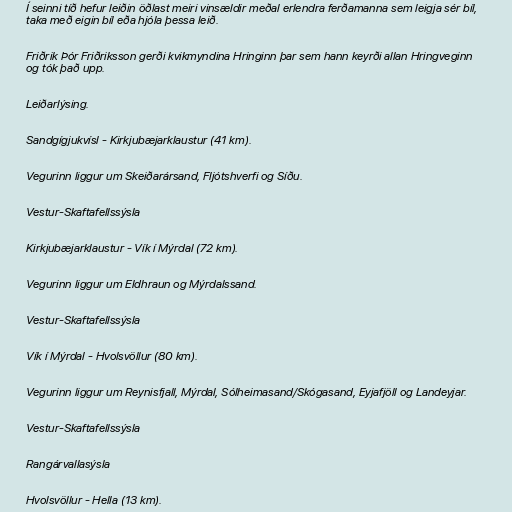
Í seinni tíð hefur leiðin öðlast meiri vinsældir meðal erlendra ferðamanna sem leigja sér bíl,
taka með eigin bíl eða hjóla þessa leið.

Friðrik Þór Friðriksson gerði kvikmyndina Hringinn þar sem hann keyrði allan Hringveginn
og tók það upp.

Leiðarlýsing.

Sandgígjukvísl - Kirkjubæjarklaustur (41 km).

Vegurinn liggur um Skeiðarársand, Fljótshverfi og Síðu.

Vestur-Skaftafellssýsla

Kirkjubæjarklaustur - Vík í Mýrdal (72 km).

Vegurinn liggur um Eldhraun og Mýrdalssand.

Vestur-Skaftafellssýsla

Vík í Mýrdal - Hvolsvöllur (80 km).

Vegurinn liggur um Reynisfjall, Mýrdal, Sólheimasand/Skógasand, Eyjafjöll og Landeyjar.

Vestur-Skaftafellssýsla

Rangárvallasýsla

Hvolsvöllur - Hella (13 km).